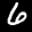
Label: 6